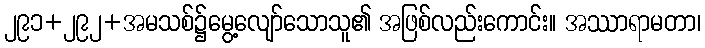
၂၉၁+၂၉၂+အမသစ်၌မွေ့လျော်သောသူ၏ အဖြစ်လည်းကောင်း။ အဿာရာမတာ၊